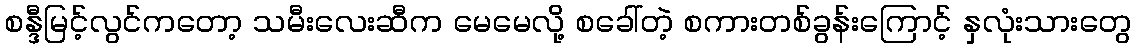
စန္ဒီမြင့်လွင်ကတော့ သမီးလေးဆီက မေမေလို့ စခေါ်တဲ့ စကားတစ်ခွန်းကြောင့် နှလုံးသားတွေ